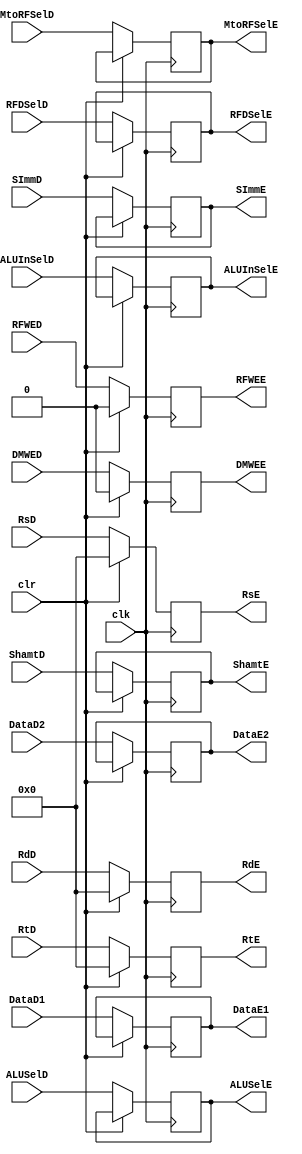
`timescale 1ns / 1ps


module ID_IE_Pipe#(parameter WL=32)
    (
    input clk,
    input clr,      //flush
    input  RFWED,
    input  MtoRFSelD,
    input  DMWED,
    input  [2:0] ALUSelD,
    input  ALUInSelD,
    input  RFDSelD,
    input  [WL-1:0] DataD1,
    input  [WL-1:0] DataD2,
    input  [4:0] RsD,
    input  [4:0] RtD,
    input  [4:0] RdD,
    input  [WL-1:0] SImmD,
    input [4:0] ShamtD,    
    
    output  reg RFWEE,
    output  reg MtoRFSelE,
    output  reg DMWEE,
    output  reg [2:0] ALUSelE,
    output  reg ALUInSelE,
    output  reg RFDSelE,
    output  reg [WL-1:0] DataE1,
    output  reg [WL-1:0] DataE2,
    output  reg [4:0] RsE,
    output  reg [4:0] RtE,
    output  reg [4:0] RdE,
    output  reg [WL-1:0] SImmE,
    output  reg [4:0] ShamtE  
    );
    
    //Pipeline Regsiter
    always@(posedge clk)
    begin
    if(clr)
    begin
        RFWEE <= 1'b0;
        DMWEE <= 1'b0;
        RsE   <= 5'b0;
        RtE   <= 5'b0;
        RdE   <= 5'b0;        
    end
    else
    begin
        RFWEE <= RFWED;
        MtoRFSelE <= MtoRFSelD;
        DMWEE <= DMWED;
        ALUSelE <= ALUSelD;
        ALUInSelE <=ALUInSelD;
        RFDSelE <= RFDSelD;
        DataE1 <= DataD1;
        DataE2 <= DataD2;
        RsE   <= RsD;
        RtE   <= RtD;
        RdE   <= RdD;
        SImmE <= SImmD;
        ShamtE <= ShamtD;
    end
    end
    
endmodule